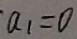
a _ { 1 } = 0